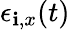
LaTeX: \epsilon_{\mathbf{i},x}(t)